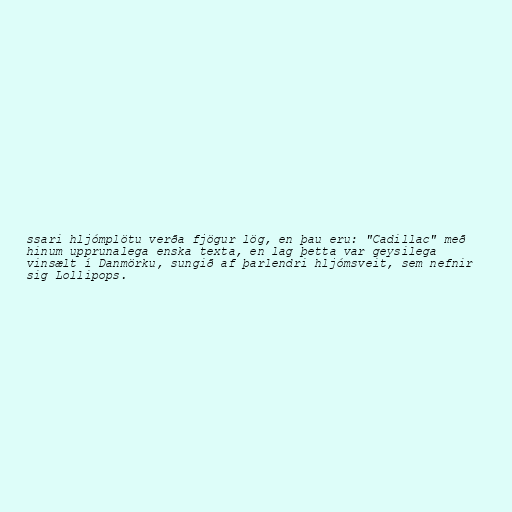
ssari hljómplötu verða fjögur lög, en þau eru: "Cadillac" með
hinum upprunalega enska texta, en lag þetta var geysilega
vinsælt í Danmörku, sungið af þarlendri hljómsveit, sem nefnir
sig Lollipops.